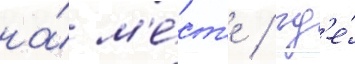
на́ м'е́ст'е / гд'е́